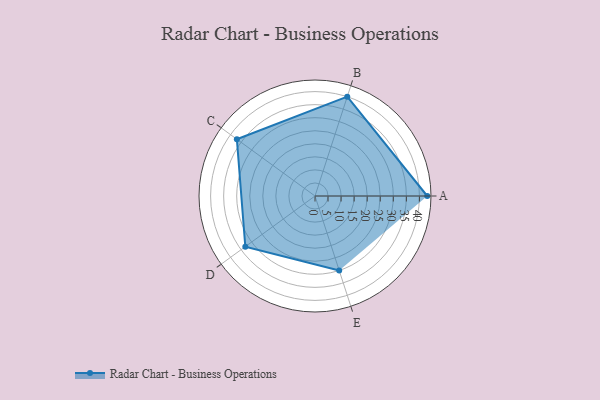
{"axis": {"x": "Skill", "y": "Score"}, "legend": ["Profile"], "data": [{"x": "A", "y": 43.0, "type": "Profile"}, {"x": "B", "y": 40.0, "type": "Profile"}, {"x": "C", "y": 37.0, "type": "Profile"}, {"x": "D", "y": 33.0, "type": "Profile"}, {"x": "E", "y": 30.0, "type": "Profile"}]}